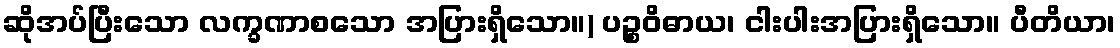
ဆိုအပ်ပြီးသော လက္ခဏာစသော အပြားရှိသော။) ပဉ္စဝိဓာယ၊ ငါးပါးအပြားရှိသော။ ပီတိယာ၊